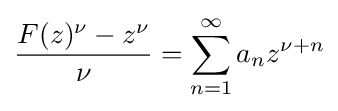
{\frac {F(z)^{\nu }-z^{\nu }}{\nu }}=\sum _{n=1}^{\infty }a_{n}z^{\nu +n}